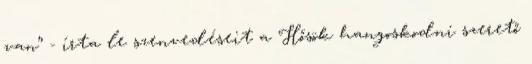
van” - írta le szenvedéseit a Hősök hangoskodni szerető